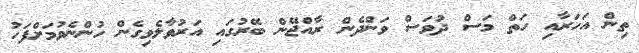
ތިން އަހަރާއި ހަތް މަސް ދުވަސް ވަންދެން ރާއްޖޭން ބޭރުގައި އަރުވާލެވިގެން ހުންނެވުމަށްފަހު